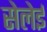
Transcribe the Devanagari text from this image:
सेलेई